Report on horse surra - Volume II, Part II
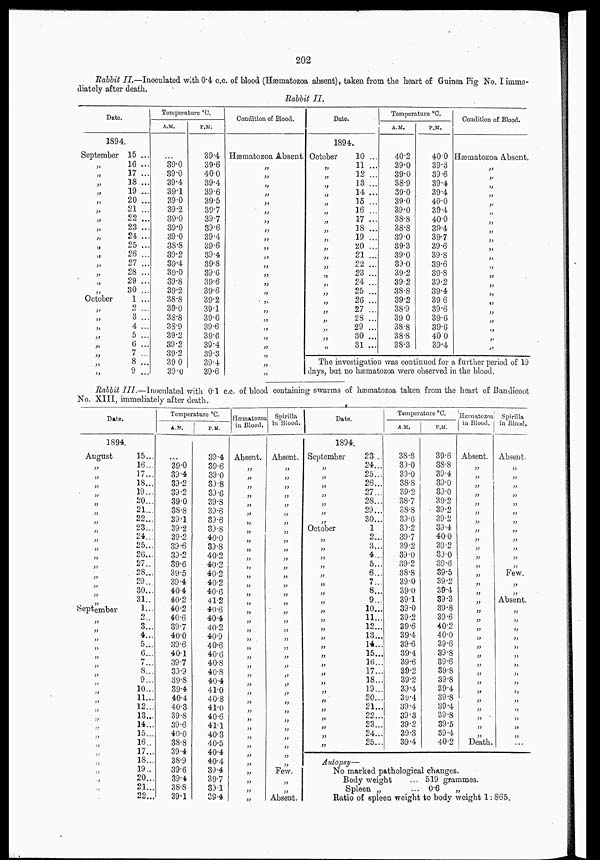
202
Rabbit II.—Inoculated
with 0.4 c.c. of blood (Hæmatozoa absent), taken from the heart of Guinea Pig No. I imme-
diately after death.
Rabbit II.
Date.
1894.
September
„
„
„
„
„
„
„
„
„
„
„
„
„
„
„
October
„
„
„
„
„
„
„
„
15 ...
16 ...
17 ...
18 ...
19 ...
20 ...
21 ...
22 ...
23 ..
24 ...
25 ...
26 ...
27 ...
28 ...
29 ...
30 ...
1 ...
2 ...
3 ...
4 ...
5 ...
6 ...
7 ...
8 ...
9 ...
Temperature °C.
A.M.
...
39.0
39.0
39.4
39.1
39.0
39.2
39.0
39.0
39.0
38.8
39.2
39.4
39.0
39.8
39.2
38.8
39.0
38.8
38.9
39.2
39.2
39.2
39.0
39.0
P.M.
39.4
39.6
40.0
39.4
39.6
39.5
39.7
39.7
39.6
39.4
39.6
39.4
39.8
39.6
39.6
39.6
39.2
39.1
39.6
39.6
39.6
39.4
39.3
39.4
39.6
Condition of Blood.
Hænatozoa Absent.
„
„
„
„
„
„
„
„
„
„
,„
„
„
„
„
„
„
„
„
„
„
„
„
„
Date.
1894.
October
„
„
„
„
„
„
„
„
„
„
„
„
„
„
„
„
„
„
„
„
„
10 ...
11 ...
12 ...
13 ...
14 ...
15 ...
16 ...
17 ...
18 ...
19 ...
20 ...
21 ...
22 ...
23 ...
24 ...
25 ...
26 ...
27 ...
28 ...
29 ...
30 ...
31 ...
Temperature °C.
A.M.
40.2
39.0
39.0
38.9
39.0
39.0
39.0
38.8
38.8
39.0
39.3
39.0
39.0
39.2
39.2
38.8
39.2
38.9
39.0
38.8
38.8
38.3
P.M.
40.0
39.3
39.6
39.4
39.4
40.0
39.4
40.0
39.4
39.7
39.6
39.8
39.6
39.8
39.2
39.4
39.6
39.6
39.6
39.0
40.0
39.4
Condition of Blood.
Hæmatozoa Absent.
„
„
„
„
„
„
„
„
„
„
„
„
„
„
„
„
„
„
„
„
„
The investigation was continued for a further period of 19
days, but no hæmatozoa were observed in the blood.
Rabbit III.—Inoculated
with 0.1 c.c. of blood containing swarms of hæmatozoa taken from the heart of Bandicoot
No. XIII, immediately after death.
Date.
1894.
August
„
„
„
„
„
„
„
„
„
„
„
„
„
„
„
„
September
„
„
„
„
„
„
„
„
„
„
„
„
„
„
„
„
„
„
„
„
„
15...
16...
17...
18...
19...
20...
21...
22...
23...
24...
25...
26...
27...
28...
29...
30...
31...
1...
2...
3...
4...
5...
6...
7 ...
8...
9...
10...
11...
12...
13...
14...
15...
16...
17...
18...
19...
20...
21...
22...
Temperature °C.
A.M.
...
39.0
39.4
39.2
39.2
39.0
38.8
39.1
39.2
39.2
39.6
39.2
39.6
39.5
39.4
40.4
40.2
40.2
40.6
39.7
40.0
39.6
40.1
39.7
39.9
39.8
39.4
40.4
40.3
39.8
39.6
40.0
38.8
39.4
38.9
39.6
39.4
38.8
39.1
P.M.
39.4
39.6
39.0
39.8
39.6
39.8
39.6
39.6
39.8
40.0
39.8
40.2
40.2
40.2
40.2
40.6
41.2
40.6
40.4
40.2
40.9
40.6
40.6
40.8
40.8
40.4
41.0
40.8
41.0
40.6
41.1
40.3
40.5
40.4
40.4
39.4
39.7
39.1
39.4
Hæmatozoa
in Blood.
Absent.
„
„
„
„
„
„
„
„
„
„
„
„
„
„
„
„
„
„
„
„
„
„
„
„
„
„
„
„
„
„
„
„
„
„
„
„
„
„
Spirilla
in Blood.
Absent.
„
„
„
„
„
„
„
„
„
„
„
„
„
„
„
„
„
„
„
„
„
„
„
„
„
„
„
„
„
„
„
„
„
Few.
„
„
Absent.
Date.
1894.
September
„
„
„
„
„
„
„
October
„
„
„
„
„
„
„
„
„
„
„
„
„
„
„
„
„
„
„
„
„
„
„
„
23...
24...
25...
26...
27...
28...
29...
30...
1
2...
3...
4...
5...
6...
7...
8...
9...
10...
11...
12...
13...
14...
15...
16...
17...
18...
19...
20...
21...
22...
23...
24...
25...
Temperature °C.
A.M.
38.8
39.0
39.0
38.8
39.2
38.7
38.8
39.6
39.2
39.7
39.2
39.0
39.2
38.8
39.0
39.0
39.1
39.0
39.2
39.6
39.4
39.6
39.4
39.6
39.2
39.2
39.4
39.4
39.4
39.3
39.2
39.3
39.4
P.M.
39.6
38.8
39.4
39.0
39.0
39.2
39.2
39.2
39.4
40.0
39.2
39.0
39.6
39.5
39.2
39.4
39.3
39.8
39.6
40.2
40.0
39.6
39.8
39.6
39.8
39.8
39.4
39.8
39.4
39.8
39.5
39.4
40.2
Hæmatozoa
in Blood.
Absent.
„
„
„
„
„
„
„
„
„
„
„
„
„
„
„
„
„
„
„
„
„
„
„
„
„
„
„
„
„
„
„
Death.
Spirilla
in Blood.
Absent.
„
„
„
„
„
„
„
„
„
„
„
„
Few.
„
„
Absent.
„
„
„
„
„
„
„
„
„
„
„
„
„
„
„
Autopsy—
No marked pathological changes.
Body weight
... 519 grammes.
Spleen „
... 0.6
„
Ratio of spleen weight to body weight 1:865.